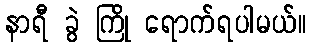
နာရီ ခွဲ ကြို ရောက်ရပါမယ်။